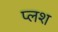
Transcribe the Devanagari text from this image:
प्लश